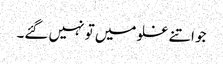
جو اتنے غلو میں تو نہیں گئے۔